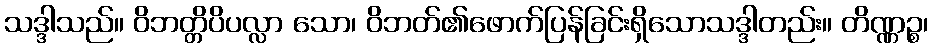
သဒ္ဒါသည်။ ဝိဘတ္တိပိပလ္လာ သော၊ ဝိဘတ်၏ဖောက်ပြန်ခြင်းရှိသောသဒ္ဒါတည်း။ တိဏ္ဏဉ္စ၊